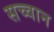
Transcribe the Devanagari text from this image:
सच्वान